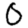
Digit: 0